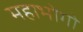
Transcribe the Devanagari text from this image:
महाभोगो